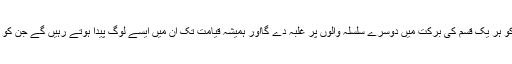
وہ اس سلسلہ کے کامل متبعین کو ہر یک قسم کی برکت میں دوسرے سلسلہ والوں پر غلبہ دے گااور ہمیشہ قیامت تک ان میں ایسے لوگ پیدا ہوتے رہیں گے جن کو قبولیت اور نصرت دی جائیگی۔